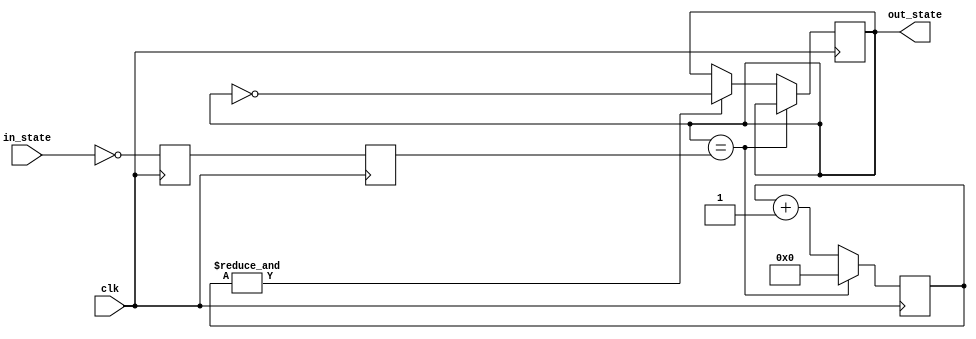
`timescale 1ns / 1ps
//////////////////////////////////////////////////////////////////////////////////
// Company: 
// Engineer: 
// 
// Design Name: 
// Module Name: debouncer
// Project Name: 
// Target Devices: 
// Tool Versions: 
// Description: 
// 
// Dependencies: 
// 
// Revision:
// Revision 0.01 - File Created
// Additional Comments:
// 
//////////////////////////////////////////////////////////////////////////////////


module debouncer(
    input clk,
    input in_state,
    output out_state
    );
        parameter NBITS = 16;
        
        reg [NBITS-1:0] COUNT;
        reg PB_sync_0;
        reg PB_sync_1;
        reg PB_state;
        
        always @(posedge clk) PB_sync_0 <= ~in_state;
        always @(posedge clk) PB_sync_1 <=  PB_sync_0;
        
        wire PB_idle = (PB_state==PB_sync_1);
        wire max_COUNT = &COUNT;
        
        always @(posedge clk)
        begin
            if(PB_idle) COUNT <=0;
            else begin
                COUNT <= COUNT + 1;
                if(max_COUNT) PB_state <= ~PB_state;
            end
        end
        
        assign out_state = PB_state;
        
        
endmodule